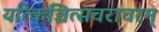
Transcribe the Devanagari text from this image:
यत्किञ्चित्सचराचरम्